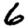
Digit: 6